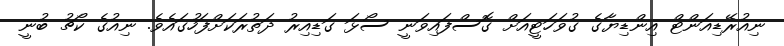
ނިއުރޭޑިއަންޓް އިންޑިޔާގެ ގުވަހަޓީއަށް ގޮސްފައިވަނީ ސޯޅަ ގަޑިއިރު ދަތުރަކަށްފަހުގައެވެ. ނިއުގެ ކޯޗު ބުނީ